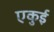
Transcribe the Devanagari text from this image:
एकुई